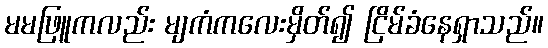
မမဖြူကလည်း မျကံကလေးမှိတ်၍ ငြိမ်ခံနေရှာသည်။